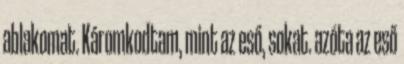
ablakomat. Káromkodtam, mint az eső, sokat. azóta az eső